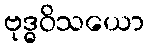
ဗုဒ္ဓဝိသယော